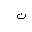
Letter: _non